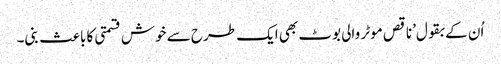
اُن کے بقول’ناقص موٹر والی بوٹ بھی ایک طرح سے خوش قسمتی کا باعث بنی۔